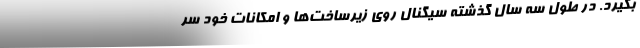
بگیرد. در طول سه سال گذشته سیگنال روی زیرساخت‌ها و امکانات خود سر